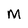
Character: M